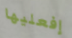
إفعليها